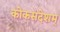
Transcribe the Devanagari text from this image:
कोकसंदेशम्